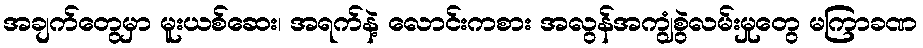
အချက်တွေမှာ မူးယစ်ဆေး၊ အရက်နဲ့ လောင်းကစား အလွန်အကျွံစွဲလမ်းမှုတွေ မကြာခဏ